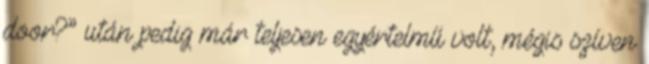
door?” után pedig már teljesen egyértelmű volt, mégis szíven